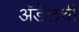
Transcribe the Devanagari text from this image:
अॅडेलची